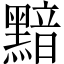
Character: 黯